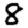
Digit: 8